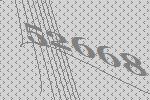
52668